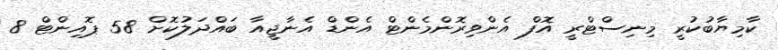
ކާމިޔާބުކުރީ މިނިސްޓްރީ އޮފް އެންވިރޮންމެންޓް އެންޑް އެނާޖީއާ ބައްދަލުކޮށް 58 ޕޮއިންޓް 8